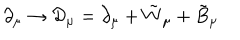
\partial _ { \mu } \rightarrow { \cal { D } } _ { \mu } = \partial _ { \mu } + { \tilde { W } } _ { \mu } + { \tilde { B } } _ { \mu }